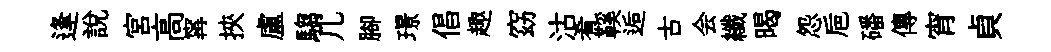
逢説宮高𡩋挾盧騶几腳璟倡趣窈沽肴鞵逅古会纖暍怨巵磻傳宵貞